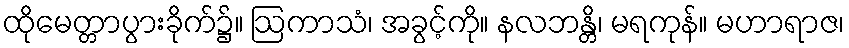
ထိုမေတ္တာပွားခိုက်၌။ ဩကာသံ၊ အခွင့်ကို။ နလဘန္တိ၊ မရကုန်။ မဟာရာဇ၊